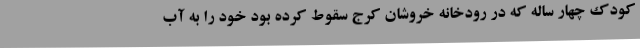
کودک چهار ساله که در رودخانه خروشان کرج سقوط کرده بود خود را به آب